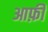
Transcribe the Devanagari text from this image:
आफ़ी